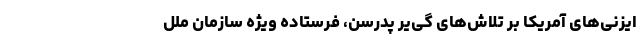
ایزنی‌های آمریکا بر تلاش‌های گی‌یر پدرسن، فرستاده ویژه سازمان ملل